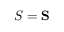
S = \mathbf { S }